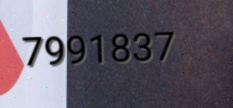
7991837